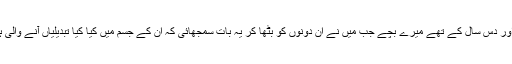
نو اور دس سال کے تھے میرے بچے جب میں‌ نے ان دونوں‌ کو بٹھا کر یہ بات سمجھائی کہ ان کے جسم میں‌ کیا کیا تبدیلیاں‌ آنے والی ہیں۔